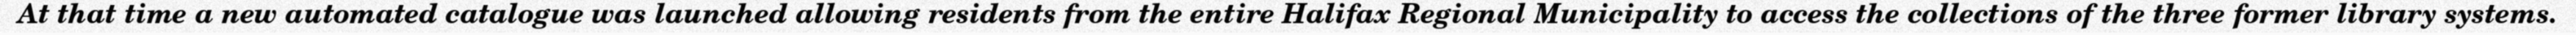
At that time a new automated catalogue was launched allowing residents from the entire Halifax Regional Municipality to access the collections of the three former library systems.